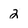
Character: 2